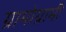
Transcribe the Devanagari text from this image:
ग्रामोग्रामी